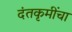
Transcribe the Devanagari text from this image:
दंतकृमींचा